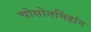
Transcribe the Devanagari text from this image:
चोसोनमिंहांग